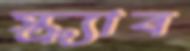
স্ক্র্যাব